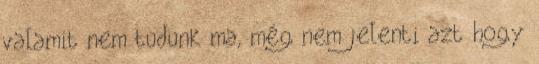
valamit nem tudunk ma, még nem jelenti azt hogy